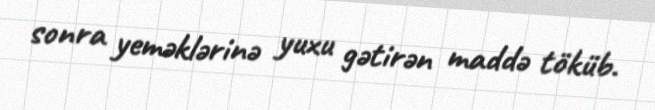
sonra yeməklərinə yuxu gətirən maddə töküb.